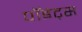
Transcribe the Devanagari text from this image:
पॉइंट्‌स